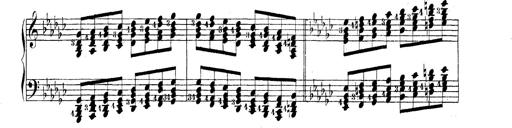
Title: Technische Studien
Composer: Franz Liszt